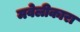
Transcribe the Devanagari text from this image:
मवेलीकारा